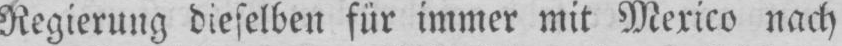
Regierung dieselben für immer mit Mexico nach